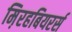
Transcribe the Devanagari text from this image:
म़िरहबियरर्स